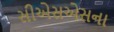
સીએસએસના